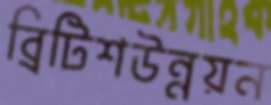
ব্রিটিশউন্নয়ন